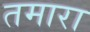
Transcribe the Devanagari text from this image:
तमारा